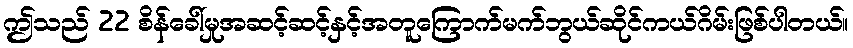
ဤသည် 22 စိန်ခေါ်မှုအဆင့်ဆင့်နှင့်အတူကြောက်မက်ဘွယ်ဆိုင်ကယ်ဂိမ်းဖြစ်ပါတယ်။